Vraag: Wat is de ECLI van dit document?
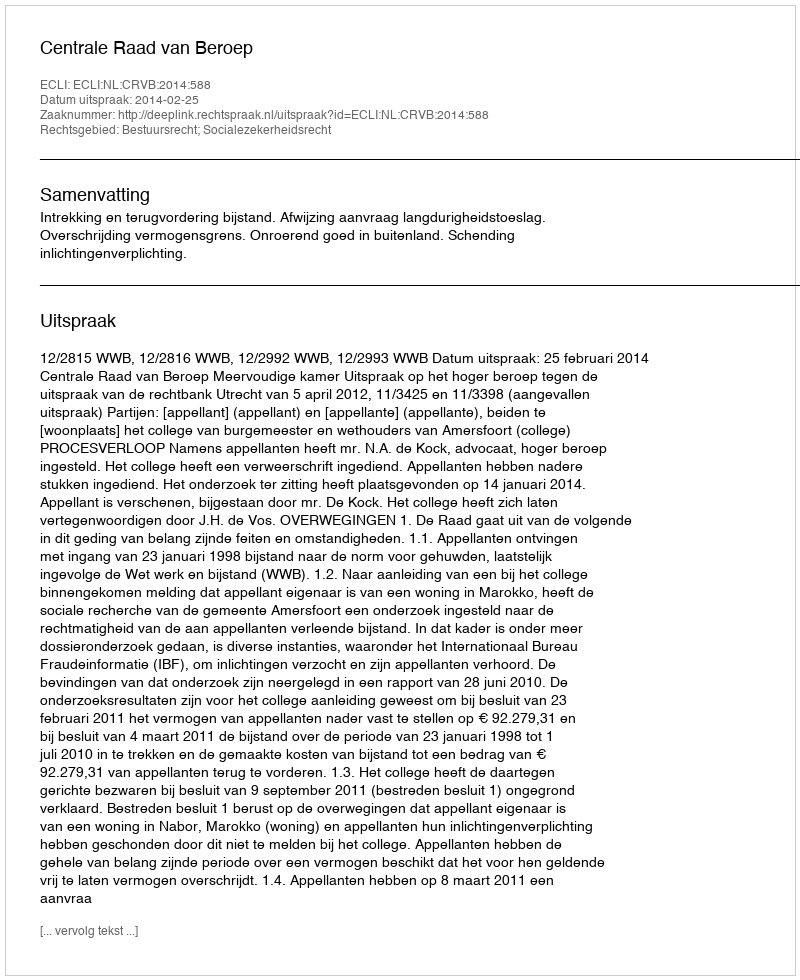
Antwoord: ECLI:NL:CRVB:2014:588